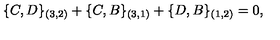
\{ C , D \} _ { ( 3 , 2 ) } + \{ C , B \} _ { ( 3 , 1 ) } + \{ D , B \} _ { ( 1 , 2 ) } = 0 ,